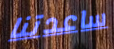
ساعدتنا